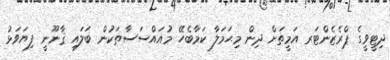
ދިޓީވީގެ ޕްރެޒެންޓަރ އަމީތަށް ދިން މިޙަމަލާ ކަމާބެހޭ މުއައްސަސާތަކުން ބަލައި ޤާނޫނީ ފިޔަވަޅު